Indian journal of veterinary science and animal husbandry - Volume 6,
Year: 1936
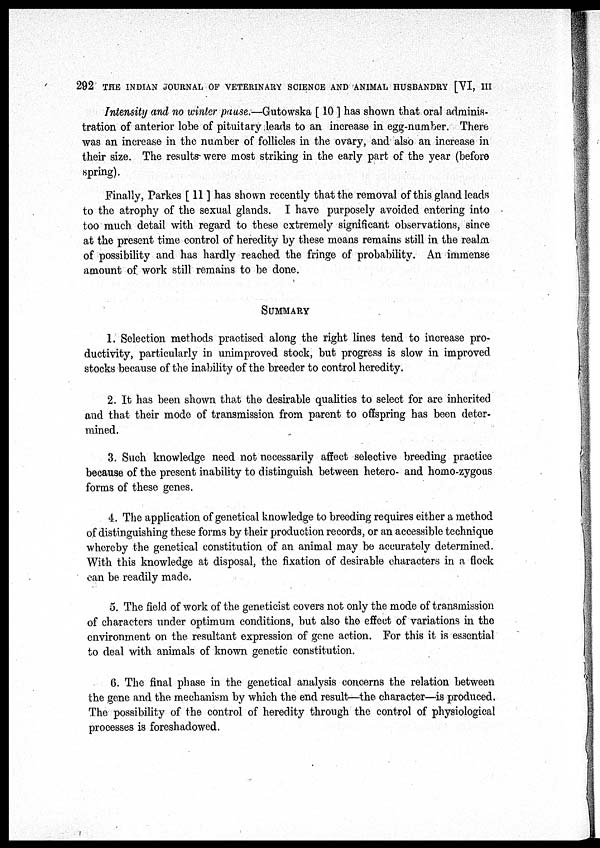
292 THE INDIAN JOURNAL OF VETERINARY SCIENCE AND ANIMAL HUSBANDRY [VI, III
Intensity and no winter pause.—Gutowska [ 10 ] has shown that oral adminis-
tration of anterior lobe of pituitary leads to an increase in egg-number. There
was an increase in the number of follicles in the ovary, and also an increase in
their size. The results were most striking in the early part of the year (before
spring).
Finally, Parkes [ 11 ] has shown recently that the removal of this gland leads
to the atrophy of the sexual glands. I have purposely avoided entering into
too much detail with regard to these extremely significant observations, since
at the present time control of heredity by these means remains still in the realm
of possibility and has hardly reached the fringe of probability. An immense
amount of work still remains to be done.
SUMMARY
1. Selection methods practised along the right lines tend to increase pro-
ductivity, particularly in unimproved stock, but progress is slow in improved
stocks because of the inability of the breeder to control heredity.
2. It has been shown that the desirable qualities to select for are inherited
and that their mode of transmission from parent to offspring has been deter-
mined.
3. Such knowledge need not necessarily affect selective breeding practice
because of the present inability to distinguish between hetero- and homo-zygous
forms of these genes.
4. The application of genetical knowledge to breeding requires either a method
of distinguishing these forms by their production records, or an accessible technique
whereby the genetical constitution of an animal may be accurately determined.
With this knowledge at disposal, the fixation of desirable characters in a flock
can be readily made.
5. The field of work of the geneticist covers not only the mode of transmission
of characters under optimum conditions, but also the effect of variations in the
environment on the resultant expression of gene action. For this it is essential
to deal with animals of known genetic constitution.
6. The final phase in the genetical analysis concerns the relation between
the gene and the mechanism by which the end result—the character—is produced.
The possibility of the control of heredity through the control of physiological
processes is foreshadowed.